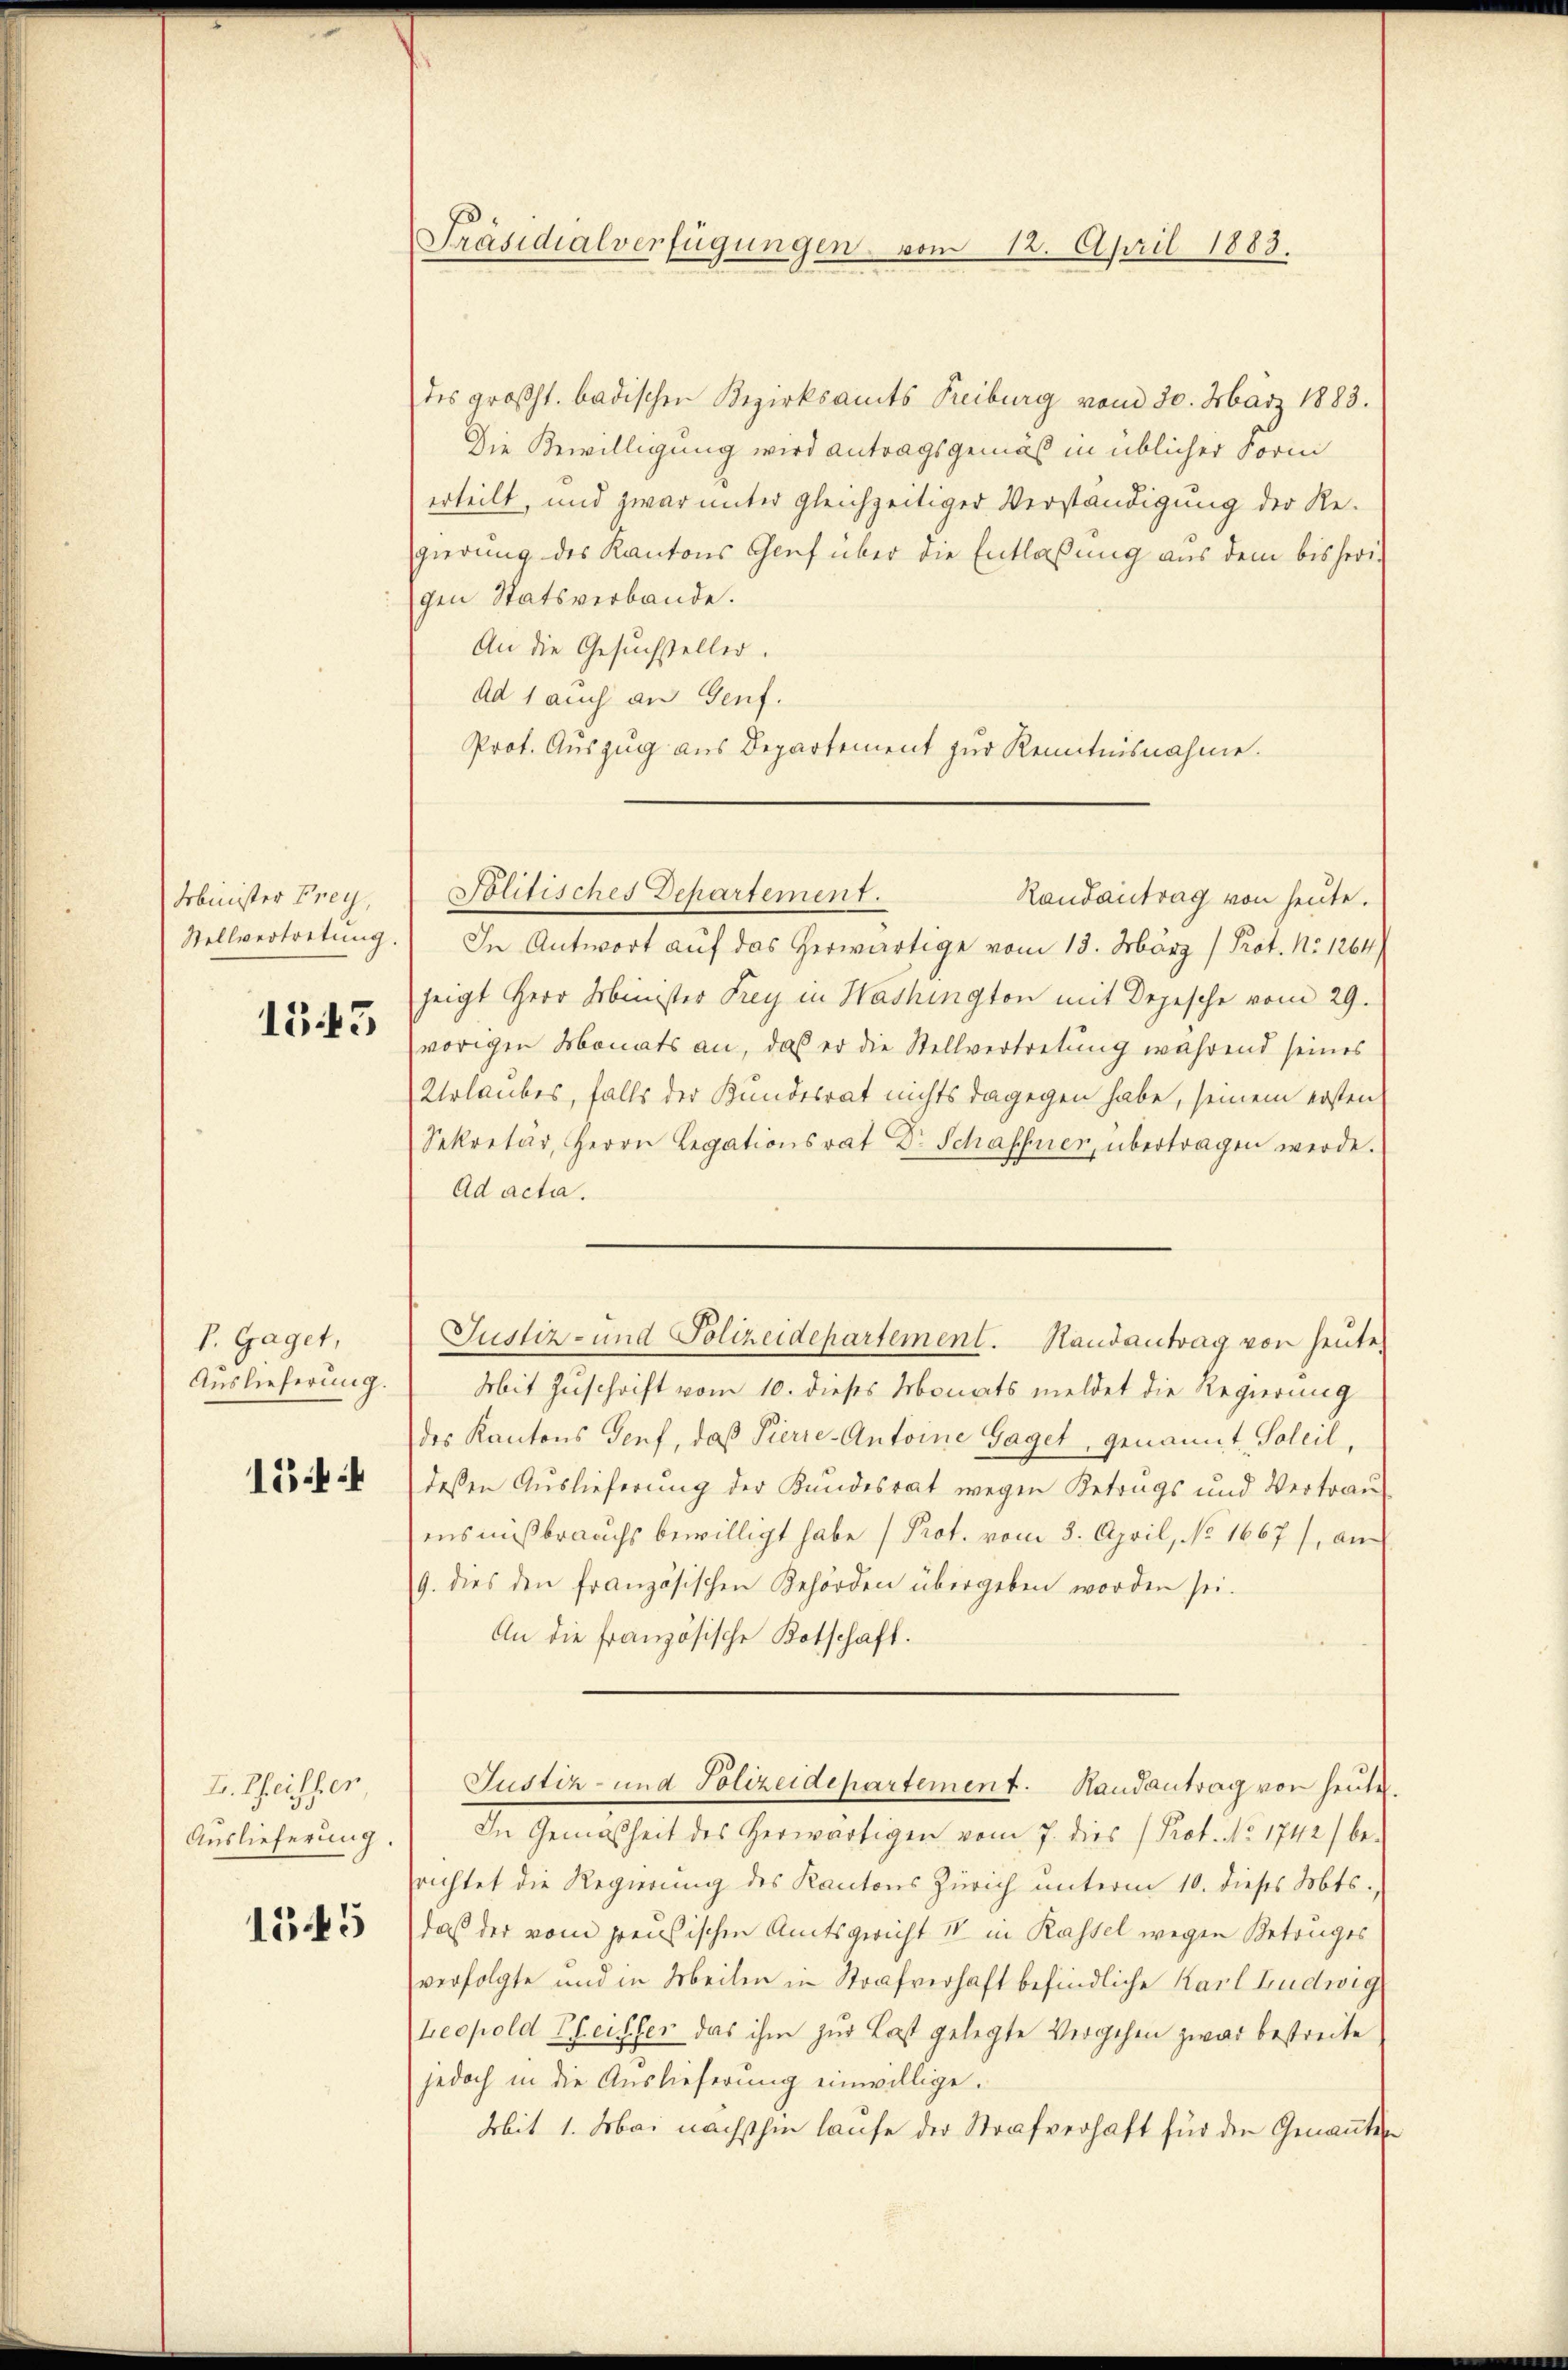
Minister Frey,
Stellvertretung.

1543

P. Gaget,
Auslieferung.

154

I. Theilsen
Auslieferung.

1545

Präsidialverfügungen vom 12. April 1883.

des großh. badischen Bezirksamts Freiburg vom 30. März 1883.
Die Bewilligung wird antragsgemäß in üblicher Form
erteilt, und zwar unter gleichzeitiger Verständigung der Re-
gierung des Kantons Gruf über die Entlaßung aus dem bisherigen Statsverbande.
An die Gesuchsteller.
Ad 1 auch an Genf.
Prot. Auszug aus Departement zur Kenntnisnahme.

In Antwort auf das herwärtige vom 13. März (Prot. No 1264/
zeigt Herr Minister Frey in Washington mit Depesche vom 29.
vorigen Monats an, daß er die Stellvertretung während seines
Urlaubes, falls der Kundesrat nichts dagegen habe, seinem ersten
Sekretär, Herrn Legationsrat Dr Schaffner, übertragen werde.
Ad acta.
Mit Zuschrift vom 10. dieses Monats meldet die Regierung
des Kantons Genf, daß Pierre-Antoine Gaget, genannt, Soleil,
deßen Auslieferung der Kundesrat wegen Betrags und Vertrau
ens mißbrauchs bewilligt habe (Prot. vom 3. April, No 1667), an
9. dies den französischen Behörden übergeben worden sei.
An die französische Botschaft.
Justiz- und Polizeidepartement. Randantrag von heute
In Gemäßheit des herwärtigen vom 7. dies (Prof. No. 1742) be-
richtet die Regierung des Kantons Zürich unterm 10. dieses Mts.,
daß der vom preußischen Amtsgericht IV in Kassel wegen Betruges
verfolgte und in Meilen in Strafverhaft befindliche Karl Ludwig
Leopold Pfeiffer das ihm zur Last gelegte Vergehen zwar bestreite
jedoch in die Auslieferung einwillige.
Mit 1. Mai nächsthin laufe der Strafverhaft für den Genannte

Politisches Departement.

Randantrag von heute.

Justiz- und Polizeidepartement. Randantrag von heute